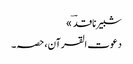
شبیر ناقدؔ »
دعوت القرآن، حصہ۔